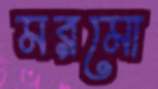
মরমো